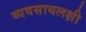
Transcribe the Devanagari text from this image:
व्यवसायलक्षी